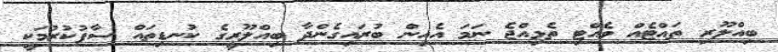
ބިއްލޫރި ތައްޓެއް ވެއްޓި ތެޅިއްޖެ ނަމަ އެއިން ބުރައިގެންދާ ބިއްލޫރީގެ ކުނޑިތައް ސާފުކުރުމަކީ